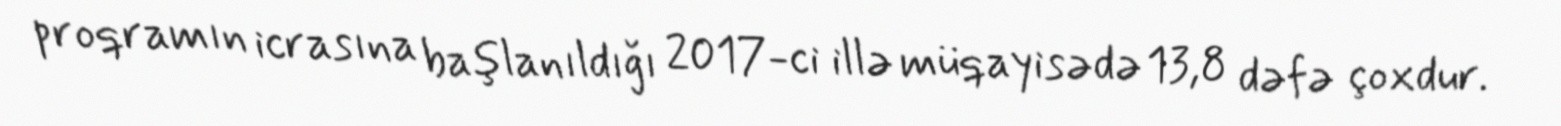
proqramın icrasına başlanıldığı 2017-ci illə müqayisədə 13,8 dəfə çoxdur.